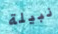
نبيلة